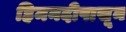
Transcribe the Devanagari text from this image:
हिमनदीपासून